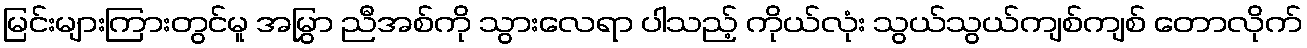
မြင်းများကြားတွင်မူ အမြွှာ ညီအစ်ကို သွားလေရာ ပါသည့် ကိုယ်လုံး သွယ်သွယ်ကျစ်ကျစ် တောလိုက်